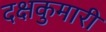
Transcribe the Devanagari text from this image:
दक्षकुमारी